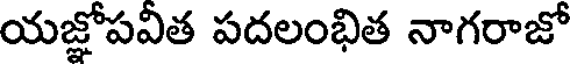
యజ్ఞోపవీత పదలంభిత నాగరాజో